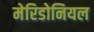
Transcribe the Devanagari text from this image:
मेरिडोनियल